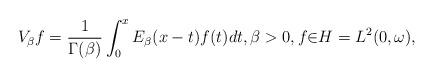
LaTeX: \begin{align*}V_{\beta}f=\frac{1}{\Gamma(\beta)}\int_{0}^{x}E_{\beta}(x-t)f(t)dt,\beta>0,f{\in}H=L^{2}(0,\omega),\end{align*}